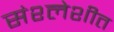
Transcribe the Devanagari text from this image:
संश्लेशीत